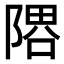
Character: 𨻞